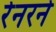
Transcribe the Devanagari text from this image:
रेनरने